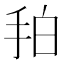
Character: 𢫗